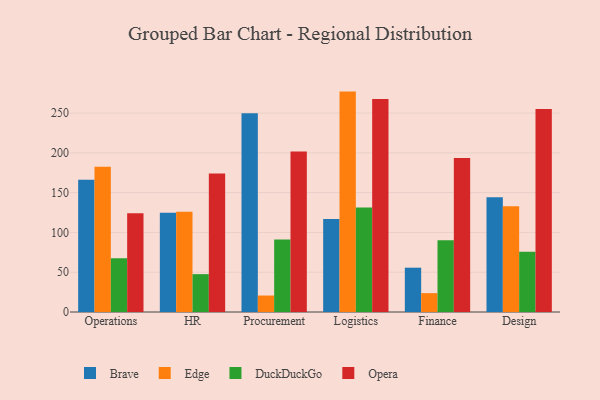
{"axis": {"x": "Department", "y": "Market Share (%)"}, "legend": ["Brave", "DuckDuckGo", "Edge", "Opera"], "data": [{"x": "Operations", "y": 166.2, "type": "Brave"}, {"x": "Operations", "y": 182.7, "type": "Edge"}, {"x": "Operations", "y": 67.6, "type": "DuckDuckGo"}, {"x": "Operations", "y": 124.1, "type": "Opera"}, {"x": "HR", "y": 124.6, "type": "Brave"}, {"x": "HR", "y": 126.1, "type": "Edge"}, {"x": "HR", "y": 47.6, "type": "DuckDuckGo"}, {"x": "HR", "y": 174.2, "type": "Opera"}, {"x": "Procurement", "y": 249.9, "type": "Brave"}, {"x": "Procurement", "y": 20.7, "type": "Edge"}, {"x": "Procurement", "y": 91.0, "type": "DuckDuckGo"}, {"x": "Procurement", "y": 201.6, "type": "Opera"}, {"x": "Logistics", "y": 116.9, "type": "Brave"}, {"x": "Logistics", "y": 277.0, "type": "Edge"}, {"x": "Logistics", "y": 131.3, "type": "DuckDuckGo"}, {"x": "Logistics", "y": 267.6, "type": "Opera"}, {"x": "Finance", "y": 55.7, "type": "Brave"}, {"x": "Finance", "y": 23.7, "type": "Edge"}, {"x": "Finance", "y": 90.2, "type": "DuckDuckGo"}, {"x": "Finance", "y": 193.6, "type": "Opera"}, {"x": "Design", "y": 144.1, "type": "Brave"}, {"x": "Design", "y": 133.0, "type": "Edge"}, {"x": "Design", "y": 75.7, "type": "DuckDuckGo"}, {"x": "Design", "y": 255.0, "type": "Opera"}]}